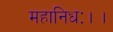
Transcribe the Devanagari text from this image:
महानिधः।।